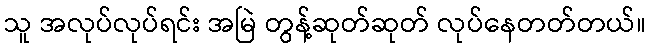
သူ အလုပ်လုပ်ရင်း အမြဲ တွန့်ဆုတ်ဆုတ် လုပ်နေတတ်တယ်။